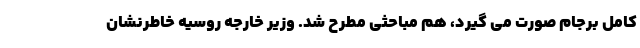
کامل برجام صورت می گیرد، هم مباحثی مطرح شد. وزیر خارجه روسیه خاطرنشان